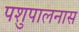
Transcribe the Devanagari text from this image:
पशुपालनास